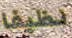
نظيفا